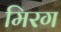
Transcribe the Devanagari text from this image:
मिरग